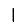
Digit: 1